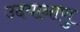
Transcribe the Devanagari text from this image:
उदयानाणु